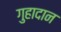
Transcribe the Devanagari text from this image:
गुहादान